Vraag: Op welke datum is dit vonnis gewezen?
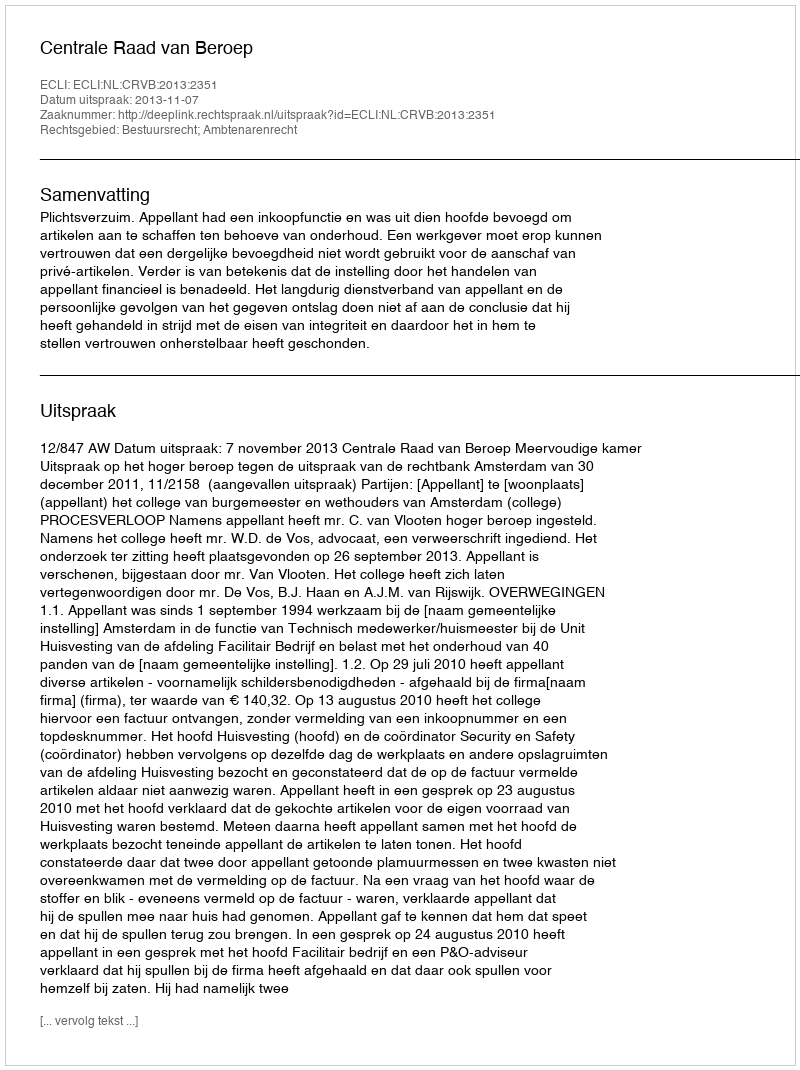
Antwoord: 2013-11-07